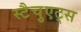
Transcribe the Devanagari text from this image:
स्टैचुएट्स